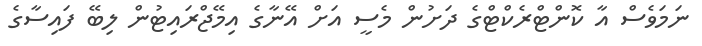
ނަމަވެސް އާ ކޮންޓްރެކްޓްގެ ދަށުން މެސީ އަށް އޭނާގެ އިމޭޖްރައިޓުން ލިބޭ ފައިސާގެ